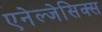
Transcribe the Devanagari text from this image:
एनेल्जेसिक्स